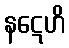
နဋေဟိ